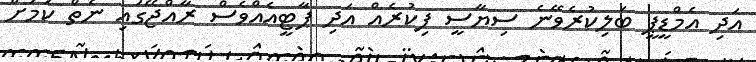
އަދި އެމްޑީޕީ ބަލިކުރެވޭނެ ސިޔާސީ ފިކުރެއް އަދި ޕާޓީއެއްވެސް ރާއްޖޭގައި ނެތް ކަމަށް